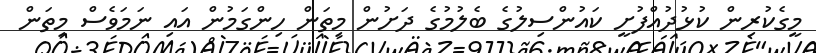
މީގެކުރިން ކުޅުދުއްފުށީ ކައުންސިލުގެ ބެލުމުގެ ދަށުން މިތަން ހިންގަމުން އައި ނަމަވެސް މިތަން